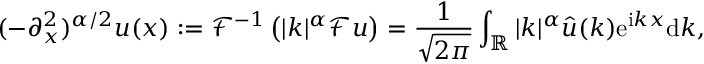
( - \partial _ { x } ^ { 2 } ) ^ { \alpha / 2 } u ( x ) : = \mathcal { F } ^ { - 1 } \left( | k | ^ { \alpha } \mathcal { F } u \right) = \frac { 1 } { \sqrt { 2 \pi } } \int _ { \mathbb { R } } | k | ^ { \alpha } \hat { u } ( k ) \mathrm { e } ^ { \mathrm { i } k x } \mathrm { d } k ,